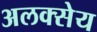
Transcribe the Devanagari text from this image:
अलक्सेय